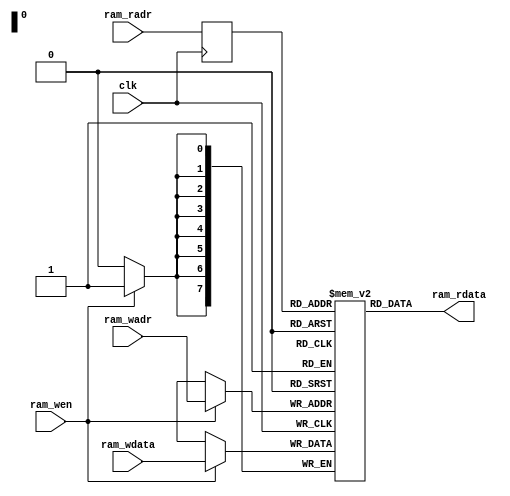
/*
 * SUBLEQ CPU Sample
 *   SUBLEQ RAM Module
 *    Verilog code
 * @auther		Yoshiki Kurokawa <yoshiki.k963@gmail.com>
 * @copylight	2020 Yoshiki Kurokawa
 * @license		https://opensource.org/licenses/MIT     MIT license
 * @version		0.1
 */

module subleq_ram(
	input clk,
	input [7:0] ram_radr,
	output [7:0] ram_rdata,
	input [7:0] ram_wadr,
	input [7:0] ram_wdata,
	input ram_wen
	);

// 8x256 1r1w RAM

reg[7:0] ram[0:255];
reg[7:0] radr;

always @ (posedge clk) begin
	if (ram_wen)
		ram[ram_wadr] <= ram_wdata;
	radr <= ram_radr;
end

assign ram_rdata = ram[radr];

endmodule